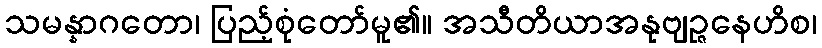
သမန္နာဂတော၊ ပြည့်စုံတော်မူ၏။ အသီတိယာအနုဗျဉ္ဇနေဟိစ၊